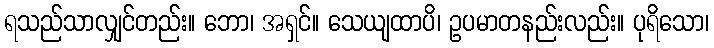
ရသည်သာလျှင်တည်း။ ဘော၊ အရှင်။ သေယျထာပိ၊ ဥပမာတနည်းလည်း။ ပုရိသော၊